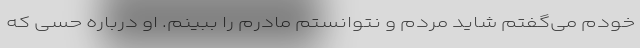
خودم می‌گفتم شاید مُردم و نتوانستم مادرم را ببینم. او درباره حسی که